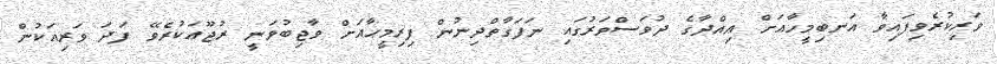
ވަރިކުރެވިފައިވާ އަނބިމީހާއަށް ޢިއްދާގެ ދުވަސްވަރުގައި ނަފަގާތްދިނުން ފިރިމީހާއަށް ވާޖިބުވަނީ ރުޖޫޢަކުރެވޭ ފަދަ ވަރިއަކުން